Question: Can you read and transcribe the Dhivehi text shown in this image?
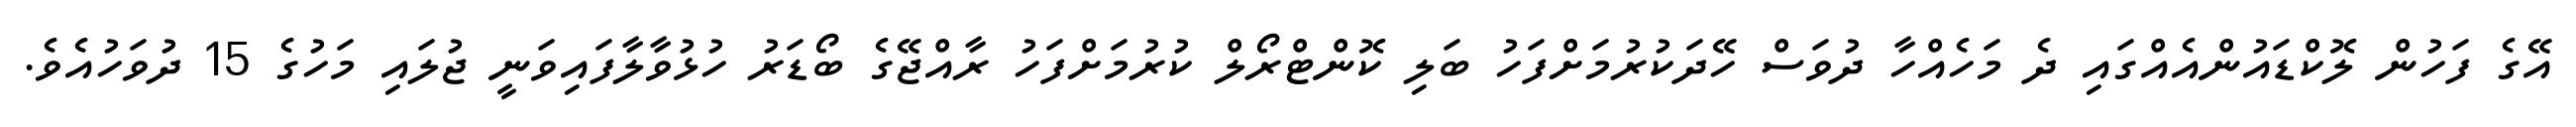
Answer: އޭގެ ފަހުން ލޮކްޑައުންއެއްގައި ދެ މަހެއްހާ ދުވަސް ހޭދަކުރުމަށްފަހު ބަލި ކޮންޓްރޯލް ކުރުމަށްފަހު ރާއްޖޭގެ ބޯޑަރު ހުޅުވާލާފައިވަނީ ޖުލައި މަހުގެ 15 ދުވަހުއެވެ.